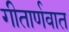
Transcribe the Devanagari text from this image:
गीतार्णवात